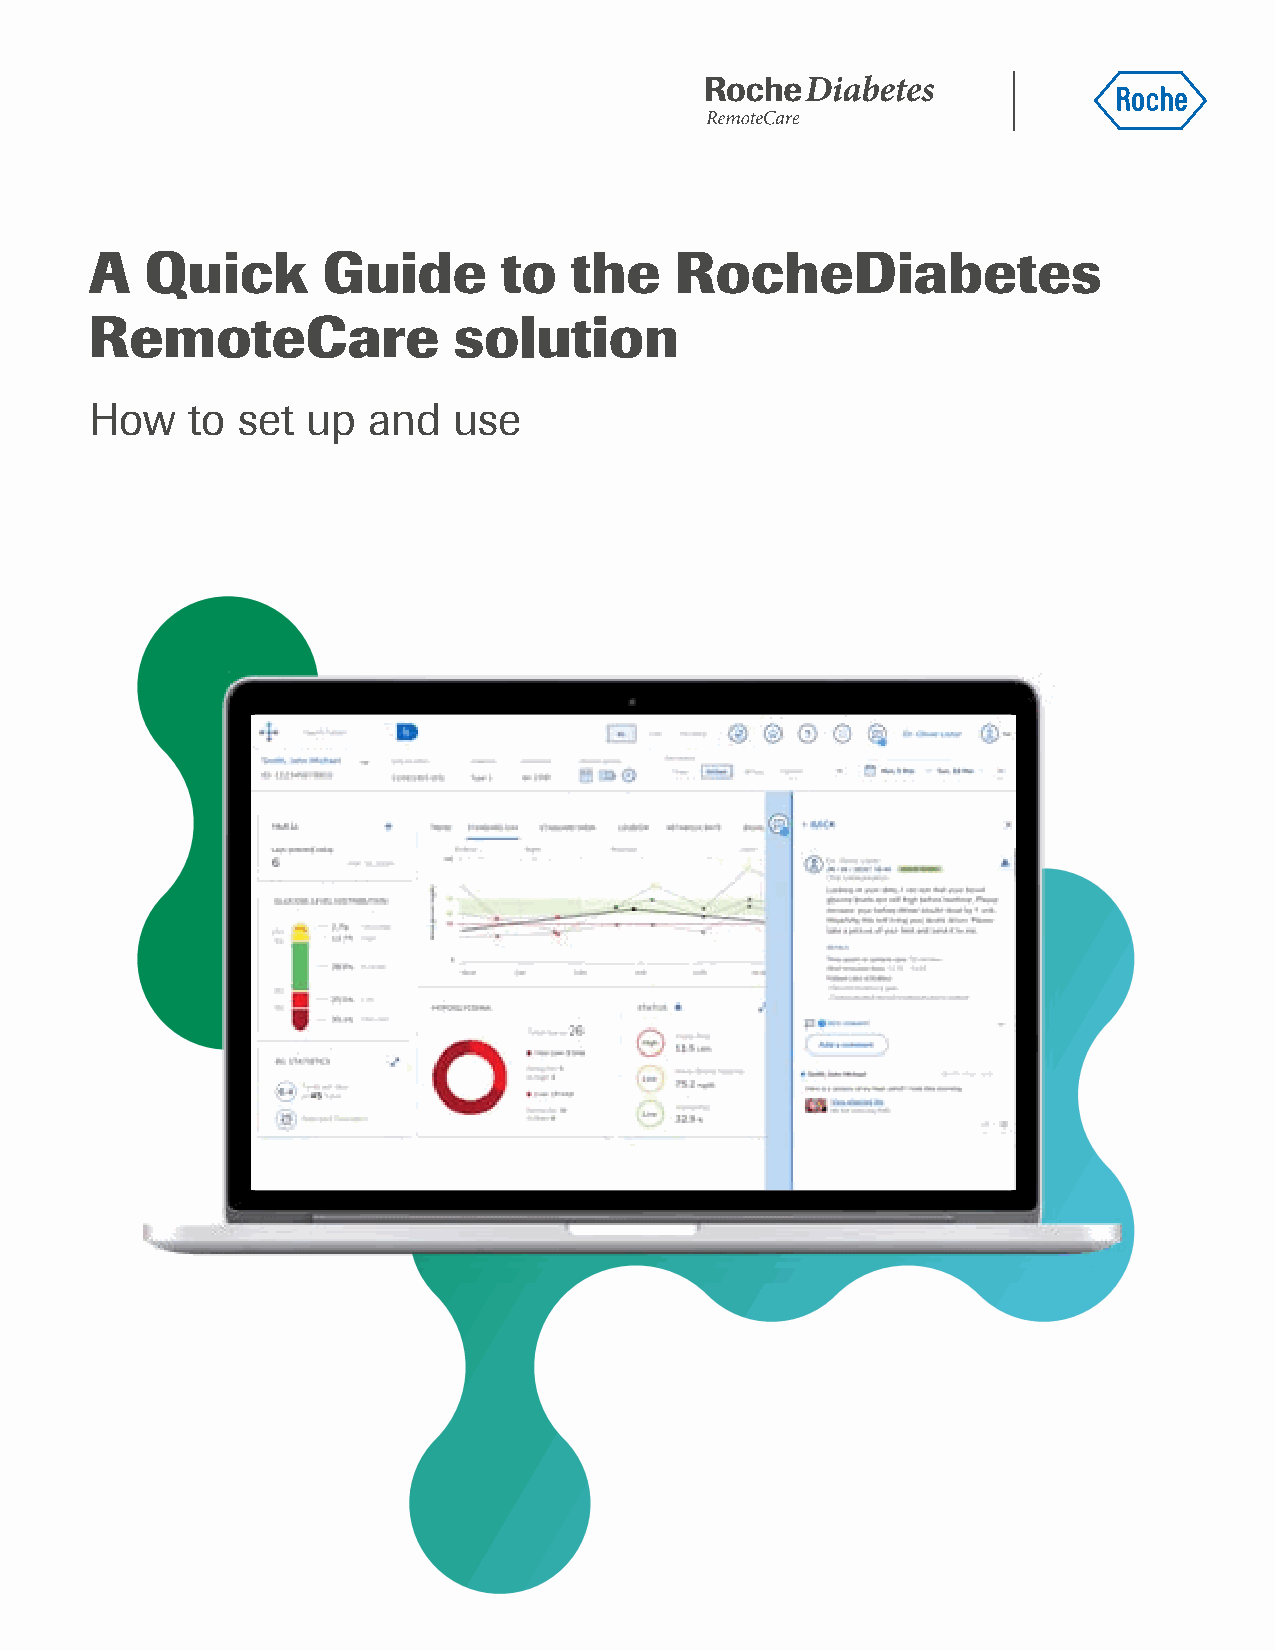
A   Quick      Guide       to   the    RocheDiabetes
 RemoteCare              solution
 How   to  set up  and   use